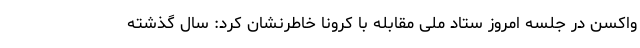
واکسن در جلسه امروز ستاد ملی مقابله با کرونا خاطرنشان کرد: سال گذشته